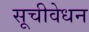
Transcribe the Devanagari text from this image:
सूचीवेधन